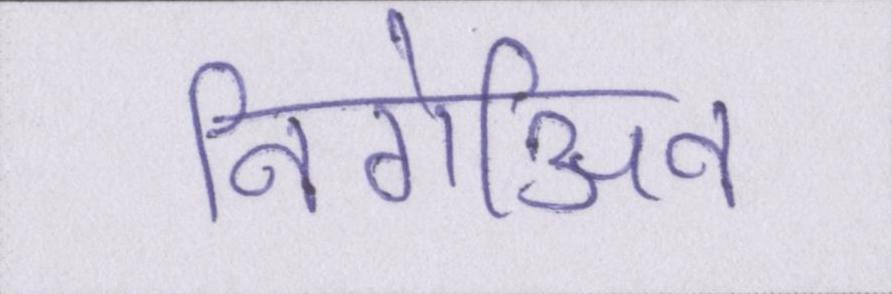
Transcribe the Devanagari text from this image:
निगेअिव